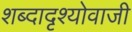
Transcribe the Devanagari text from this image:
शब्दादृश्योवाजी